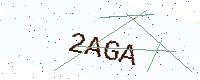
Text: 2AGA